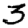
Digit: 3